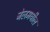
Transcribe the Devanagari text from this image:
जेलमधील